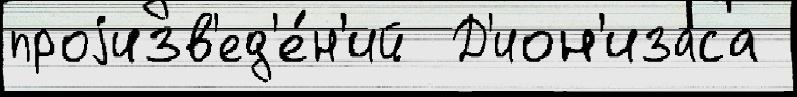
проjизв'ед'е́н'ий  Д'ион'изаса